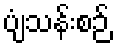
ပျံသန်းစဉ်